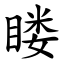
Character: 䁖